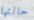
حالتها